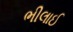
ભીલાઈ